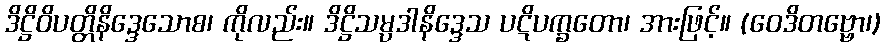
ဒိဋ္ဌိဝိပတ္တိနိဒ္ဒေသောစ၊ ကိုလည်း။ ဒိဋ္ဌိသမ္ပဒါနိဒ္ဒေသ ပဋိပက္ခတော၊ အားဖြင့်။ (ဝေဒိတဗ္ဗော၊)